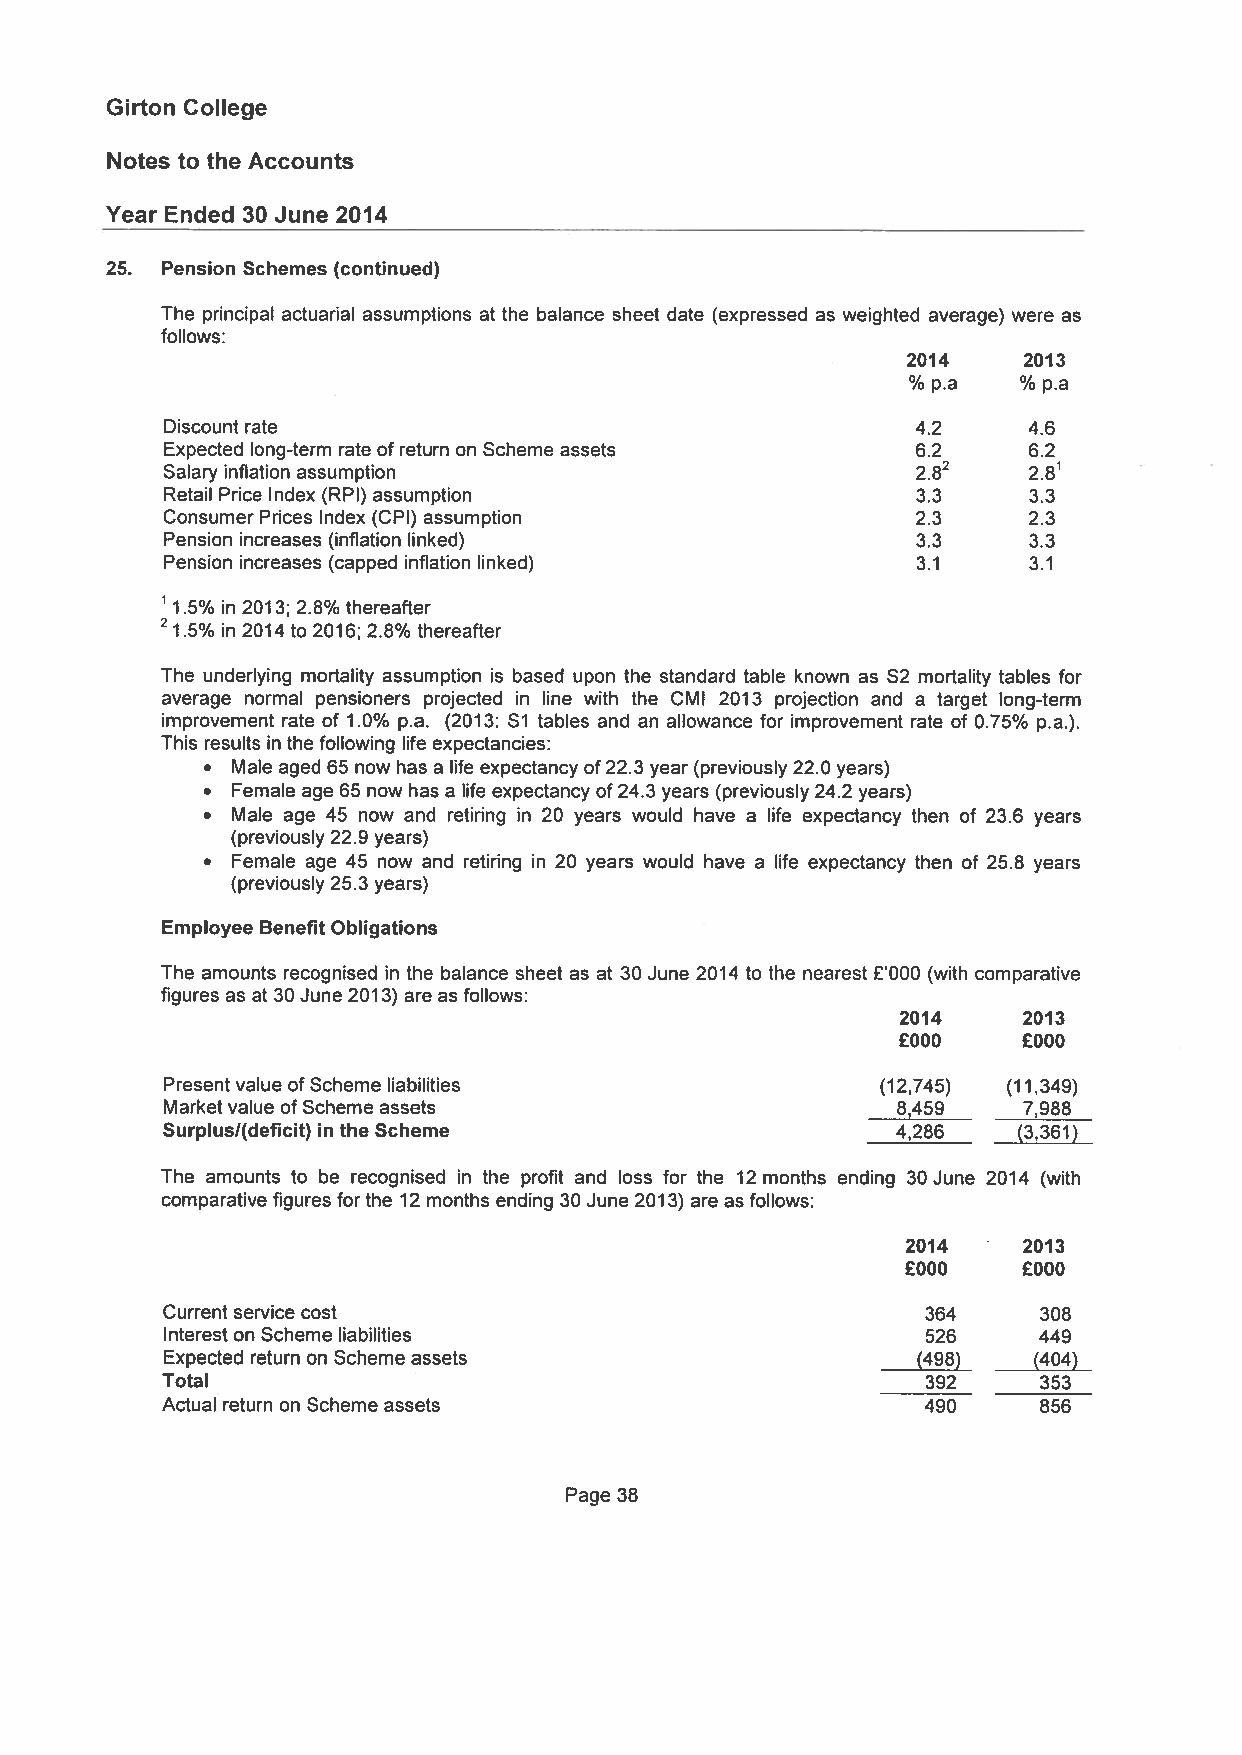
Girton College
 Notes to the Accounts
 Year Ended 30 June 2014
 25. Pension Schemes (continued)
 The principal actuarial assumptions at the balance sheet date (expressed as weighted average) were as
 follows:
 2014    2013
 %p.a    %p.a
 Discount rate                                     4.2    4.6
 Expected long-term rate of return on Scheme assets 6.2   6.2
 Salary inflation assumption                       2.82   2.81
 Retail Price Index (RPI) assumption               3.3    3.3
 ConsumerPrices Index (CP1) assumption             2.3    2.3
 Pension increases (inflation linked)              3.3    3.3
 Pension increases (capped inflation linked)       3.1    3.1
 11.5% in 2013; 2.8% thereafter
 2 1.5% in 2014 to 2016; 2.8% thereafter
 The underlying mortality assumption is based upon the standard table known as S2 mortality tables for
 average normal pensioners projected in line with the CMI 2013 projection and a target long-tern,
 improvement rate of 1.0% pa. (2013: Si tables and an allowance for improvement rate of 0.75% pa.).
 This results in the following life expectancies:
 • Male aged 65 now has a life expectancy of22.3 year (previously 22.0 years)
 • Female age 65 now has a life expectancy of24.3 years (previously 24.2 years)
 • Male age 45 now and retiring in 20 years would have a life expectancy then of 23.6 years
 (previously 22.9 years)
 • Female age 45 now and retiring in 20 years would have a life expectancy then of 25.8 years
 (previously 25.3 years)
 Employee Benefit Obligations
 The amounts recognised in the balance sheet as at 30 June 2014 to the nearest £000 (with comparative
 figures as at 30 June 2013) are as follows:
 2014    2013
 £000    £000
 Present value ofScheme liabilities             (12,745) (11,349)
 Marketvalue ofScheme assets                     8,459    7,988
 Surplusl(deficit) in the Scheme                 4,286   (3,361)
 The amounts to be recognised in the profit and loss for the 12 months ending 30 June 2014 (with
 comparative figures forthe 12 months ending 30 June 2013) are as follows:
 2014    2013
 £000    £000
 Current service cost                              364     308
 Interest on Scheme liabilities                    526     449
 Expected return on Scheme assets                  (498)  (404)
 Total                                             392     353
 Actual return on Scheme assets                    490     856
 Page 38